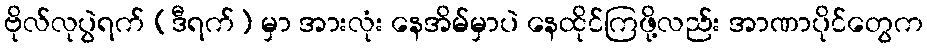
ဗိုလ်လုပွဲရက် (ဒီရက်) မှာ အားလုံး နေအိမ်မှာပဲ နေထိုင်ကြဖို့လည်း အာဏာပိုင်တွေက